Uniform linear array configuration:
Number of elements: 12
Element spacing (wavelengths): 0.5
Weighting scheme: kaiser
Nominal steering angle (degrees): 30
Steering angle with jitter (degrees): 30.39
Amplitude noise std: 0.05
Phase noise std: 0.05

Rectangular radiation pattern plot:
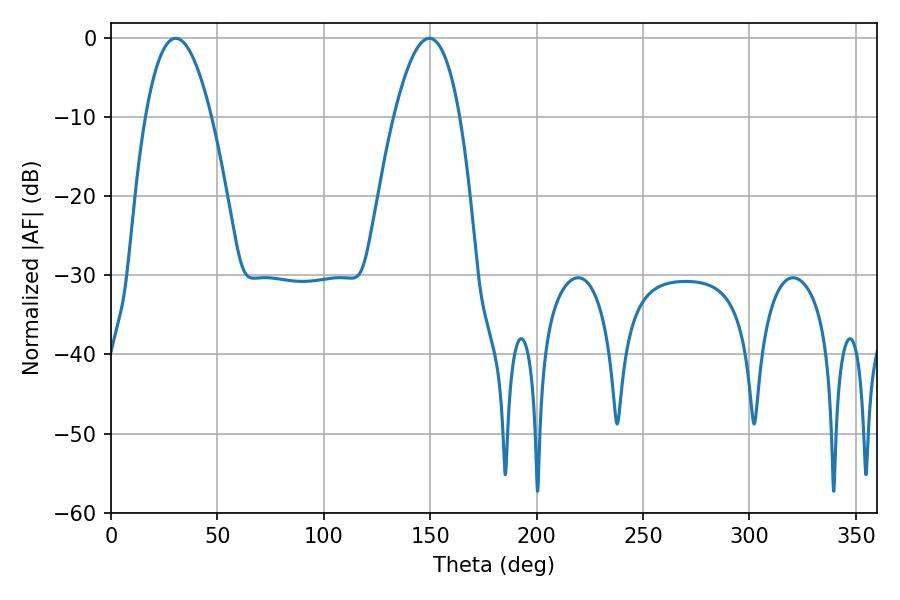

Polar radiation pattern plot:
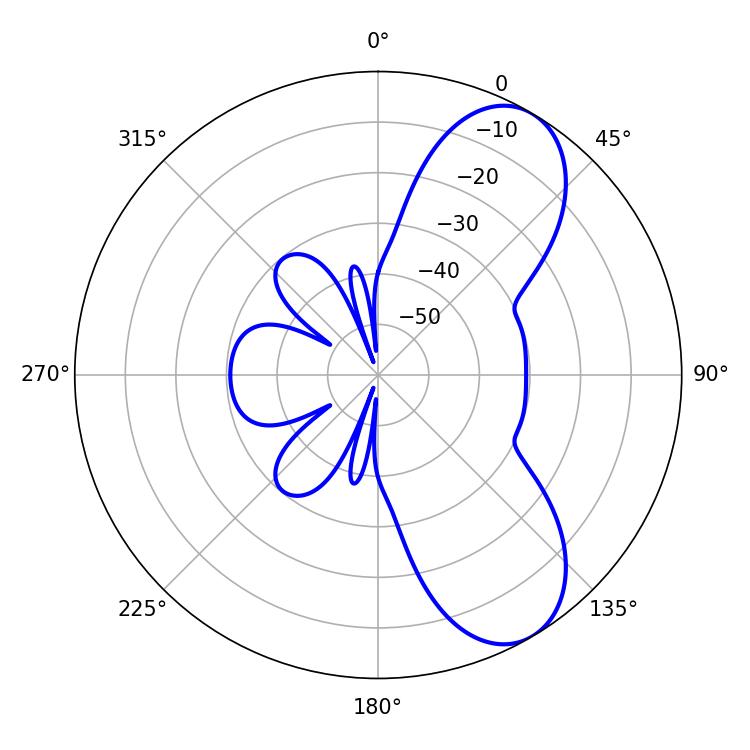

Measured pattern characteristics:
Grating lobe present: FALSE
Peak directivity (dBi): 7.847
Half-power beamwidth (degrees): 17.1
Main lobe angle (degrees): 30.42